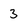
Character: 3